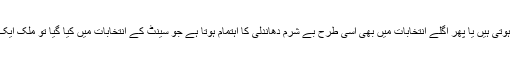
اگر اگلے انتخابات میں تاخیر کی سازشیں کامیاب ہوتی ہیں یا پھر اگلے انتخابات میں بھی اسی طرح بے شرم دھاندلی کا اہتمام ہوتا ہے جو سینٹ کے انتخابات میں کیا گیا تو ملک ایک بڑے سیاسی عدم استحکام کی زد میں آ سکتا ہے۔